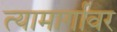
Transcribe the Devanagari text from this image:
त्यामार्गावर